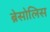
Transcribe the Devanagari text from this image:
ब्रेसोलिस